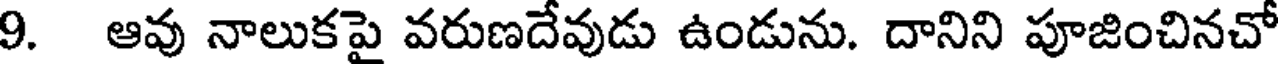
9. ఆవు నాలుకపై వరుణదేవుడు ఉండును. దానిని పూజించినచో